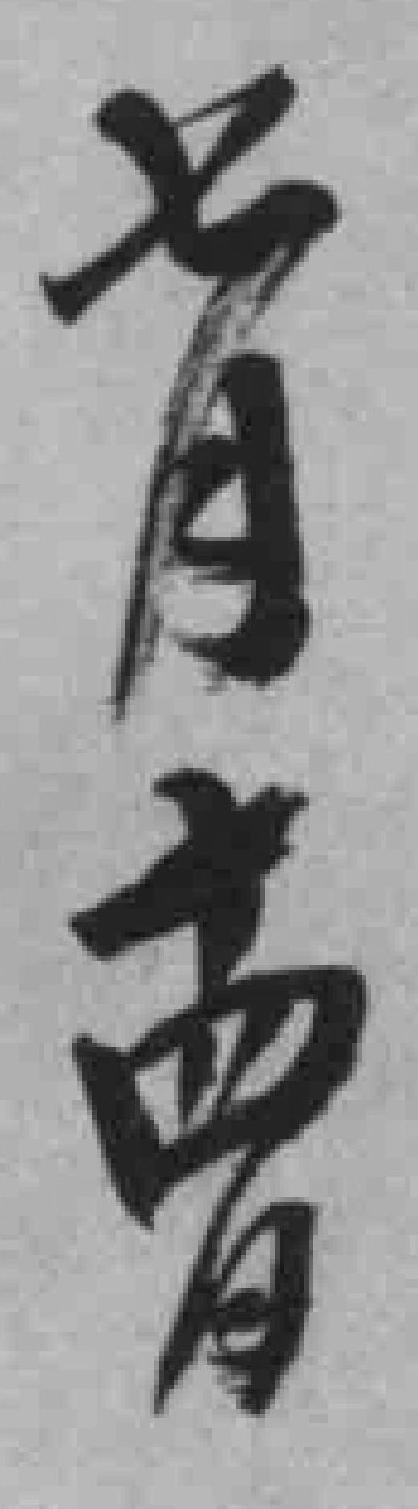
七月十四日